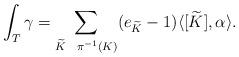
LaTeX: \begin{align*} \int_T \gamma = \sum_{ \widetilde{K} \ \ \pi^{-1}(K)} (e_{\widetilde{K}}-1) \langle[\widetilde{K}], \alpha \rangle.\end{align*}